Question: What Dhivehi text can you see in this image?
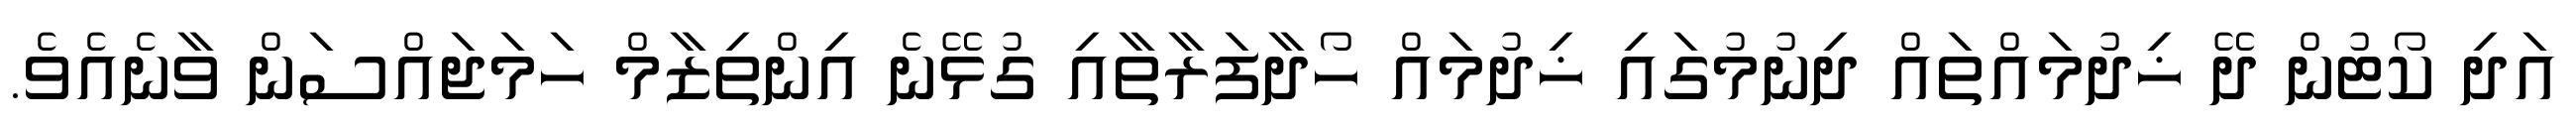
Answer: އަދި ކޯޓުން ދޭ ޚިދުމައްތައް ދިނުމުގައި ޚިދުމައް ހޯދާފަރާތާއި ގުޅޭނެ އިންތިޒާމް ހަމަޖައްސަން ވާނެއެވެ.